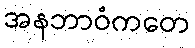
အနဘာဝံကတေ